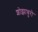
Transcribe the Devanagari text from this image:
शोझाबुरो